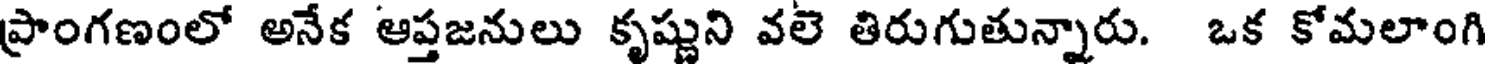
ప్రాంగణంలో అనేక ఆప్తజనులు కృష్ణుని వలె తిరుగుతున్నారు. ఒక కోమలాంగి